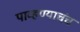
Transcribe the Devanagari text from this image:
पाव्हण्याचंच